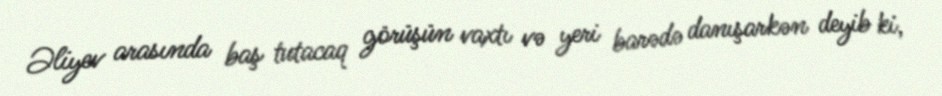
Əliyev arasında baş tutacaq görüşün vaxtı və yeri barədə danışarkən deyib ki,